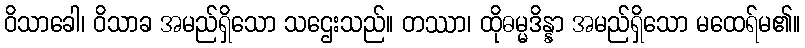
ဝိသာခေါ၊ ဝိသာခ အမည်ရှိသော သဌေးသည်။ တဿာ၊ ထိုဓမ္မဒိန္နာ အမည်ရှိသော မထေရ်မ၏။